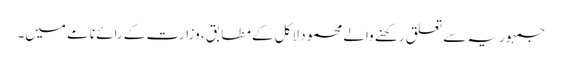
جمہوریہ سے تعلق رکھنے والے محمود لاکل کے مطابق ، وزارت کے رائے نامے میں۔